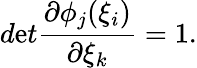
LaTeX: d\mathrm{e}t\frac{{\partial\phi_{j}(\xi_{i})}}{{\partial\xi_{k}}}=1.